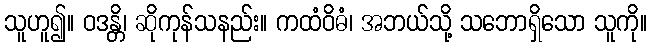
သူဟူ၍။ ဝဒန္တိ၊ ဆိုကုန်သနည်း။ ကထံဝိဓံ၊ အဘယ်သို့ သဘောရှိသော သူကို။